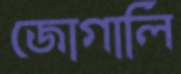
জোগালি